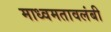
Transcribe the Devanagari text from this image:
माध्वमतावलंबी